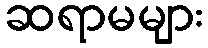
ဆရာမများ